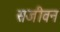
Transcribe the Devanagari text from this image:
सजीवन